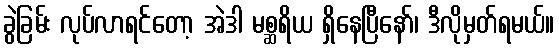
ခွဲခြမ်း လုပ်လာရင်တော့ အဲဒါ မစ္ဆရိယ ရှိနေပြီနော်၊ ဒီလိုမှတ်ရမယ်။